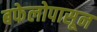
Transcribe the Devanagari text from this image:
बफेलोपासून